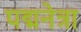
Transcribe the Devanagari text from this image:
पद्मनेत्रा